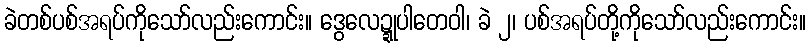
ခဲတစ်ပစ်အရပ်ကိုသော်လည်းကောင်း။ ဒွေလေဍ္ဍုပါတေဝါ၊ ခဲ ၂၊ ပစ်အရပ်တို့ကိုသော်လည်းကောင်း။